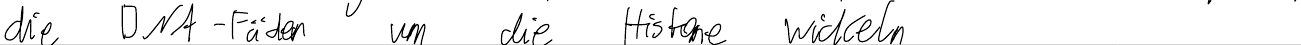
die DNA-Fäden um die Histone wickeln